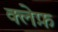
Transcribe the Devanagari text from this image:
क्लेफ़